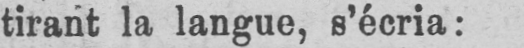
tirant la langue, s’écria: